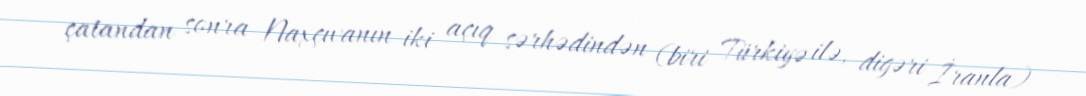
çatandan sonra Naxçıvanın iki açıq sərhədindən (biri Türkiyə ilə, digəri İranla)